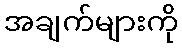
အချက်များကို